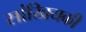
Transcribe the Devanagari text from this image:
सांखियकी